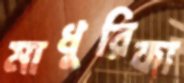
মাধুরিকা